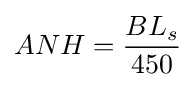
ANH={\frac {BL_{s}}{450}}